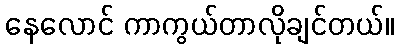
နေလောင် ကာကွယ်တာလိုချင်တယ်။